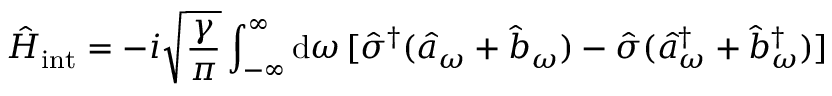
\hat { H } _ { \mathrm { i n t } } = - i \sqrt { \frac { \gamma } { \pi } } \int _ { - \infty } ^ { \infty } \mathrm { d } \omega \, [ \hat { \sigma } ^ { \dagger } ( \hat { a } _ { \omega } + \hat { b } _ { \omega } ) - \hat { \sigma } ( \hat { a } _ { \omega } ^ { \dagger } + \hat { b } _ { \omega } ^ { \dagger } ) ]